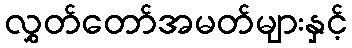
လွှတ်တော်အမတ်များနှင့်